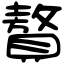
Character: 贅